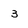
Character: 3